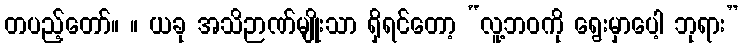
တပည့်တော်။ ။ ယခု အသိဉာဏ်မျိုးသာ ရှိရင်တော့ “လူ့ဘဝကို ရွေးမှာပေါ့ ဘုရား”